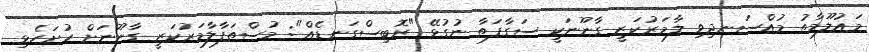
މައުލޫމާތު މުއްސަނދިވި ލާމަރުކަޒީ ގާނޫނަކީ ސަގާފަތާ ނުގުޅޭ "ރޮބިސްގަނޑެއް": މުސްތަފާލާމަރުކަޒީ ގާނޫނަށް ހުށަހެޅި